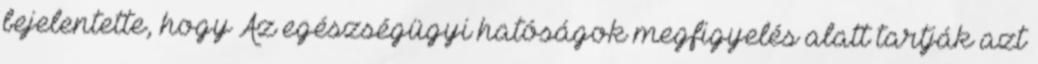
bejelentette, hogy Az egészségügyi hatóságok megfigyelés alatt tartják azt